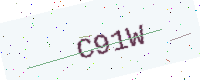
Text: C91W